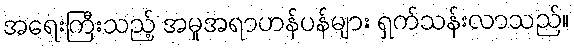
အရေးကြီးသည့် အမူအရာဟန်ပန်များ ရှက်သန်းလာသည်။